Document type: payment_order
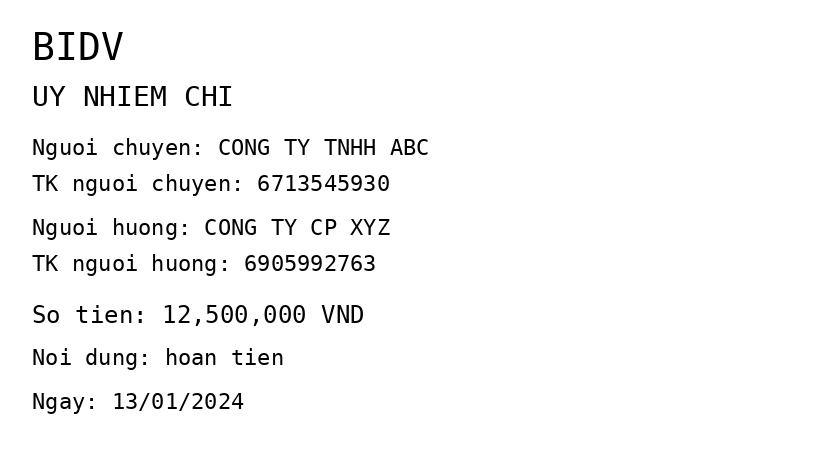
OCR transcript:
BIDV
UY NHIEM CHI
Nguoi chuyen: CONG TY TNHH ABC
TK nguoi chuyen: 6713545930
Nguoi huong: CONG TY CP XYZ
TK nguoi huong: 6905992763
So tien: 12,500,000 VND
Noi dung: hoan tien
Ngay: 13/01/2024
Extracted fields:
bank_name: bidv
sender_name: cong ty tnhh abc
sender_account: 6713545930
beneficiary_name: cong ty cp xyz
beneficiary_account: 6905992763
amount: 12500000
content: hoan tien
date: 2024-01-13